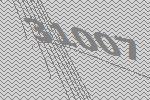
31007